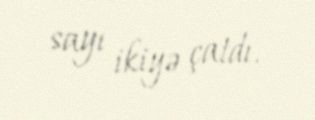
sayı ikiyə çatdı.